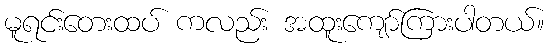
မူရင်းတေးထပ် ကလည်း အထူးကျော်ကြားပါတယ်။